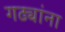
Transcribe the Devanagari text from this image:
गढ्यांना